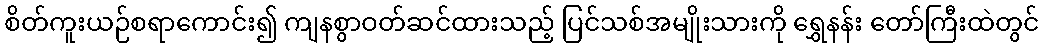
စိတ်ကူးယဉ်စရာကောင်း၍ ကျနစွာဝတ်ဆင်ထားသည့် ပြင်သစ်အမျိုးသားကို ရွှေနန်း တော်ကြီးထဲတွင်